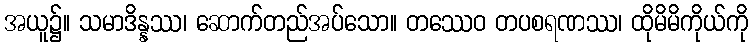
အယူ၌။ သမာဒိန္နဿ၊ ဆောက်တည်အပ်သော။ တဿေဝ တပစရဏဿ၊ ထိုမိမိကိုယ်ကို